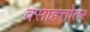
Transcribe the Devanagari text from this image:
वसाहत्तोतर